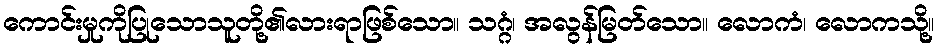
ကောင်းမှုကိုပြုသောသူတို့၏လားရာဖြစ်သော။ သဂ္ဂံ၊ အလွန်မြတ်သော။ လောကံ၊ လောကသို့။